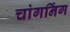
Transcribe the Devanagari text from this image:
चांगनिंग